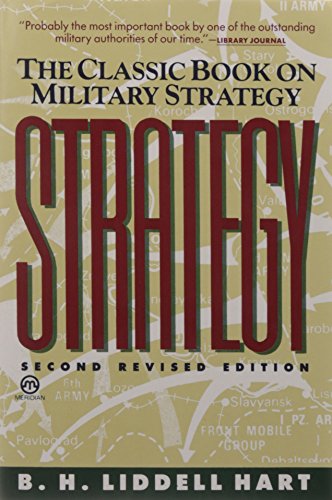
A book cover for Strategy: Second Revised Edition (Meridian); B. H. Liddell Hart; History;